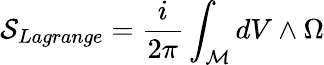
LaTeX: {\cal{S}}_{Lagrange}=\frac{i}{2\pi}\int_{\cal{M}}dV\wedge\Omega{}